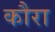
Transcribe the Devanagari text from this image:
कौरा